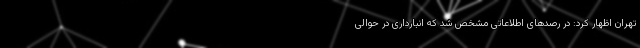
تهران اظهار کرد: در رصدهای اطلاعاتی مشخص شد که انبارداری در حوالی